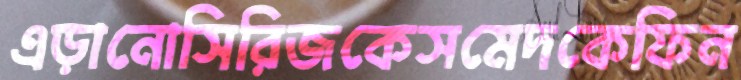
এড়ানোসিরিজকেসমেদকেফিন